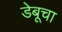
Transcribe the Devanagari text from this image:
डेबूचा